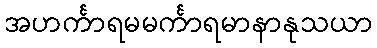
အဟင်္ကာရမမင်္ကာရမာနာနုသယာ